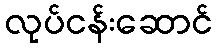
လုပ်ငန်းဆောင်